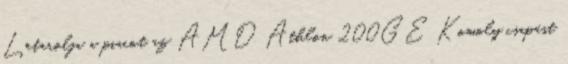
Letarolja a piacot az AMD Athlon 200GE Komoly csapást